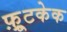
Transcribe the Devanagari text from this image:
फ़्रूटकेक